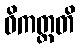
ဝိကတ္ထတိ